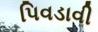
પિવડાવી